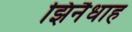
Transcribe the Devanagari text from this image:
झिनैधाह